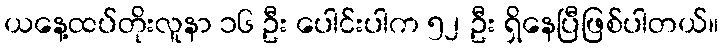
ယနေ့ထပ်တိုးလူနာ ၁၆ ဦး ပေါင်းပါက ၅၂ ဦး ရှိနေပြီဖြစ်ပါတယ်။